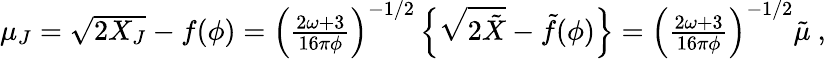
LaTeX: \begin{array}{r}{\mu_{J}=\sqrt{2X_{J}}-f(\phi)=\left(\frac{2\omega+3}{16\pi\phi}\right)^{-1/2}\left\{ \sqrt{2\tilde{X}}-\tilde{f}(\phi)\right\} =\left(\frac{2\omega+3}{16\pi\phi}\right)^{-1/2}\tilde{\mu}~,}\end{array}